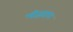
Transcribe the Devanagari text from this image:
मीढ़वान